Lunatic asylums Madras 1877-1891 - 1877-1891
Year: 1877
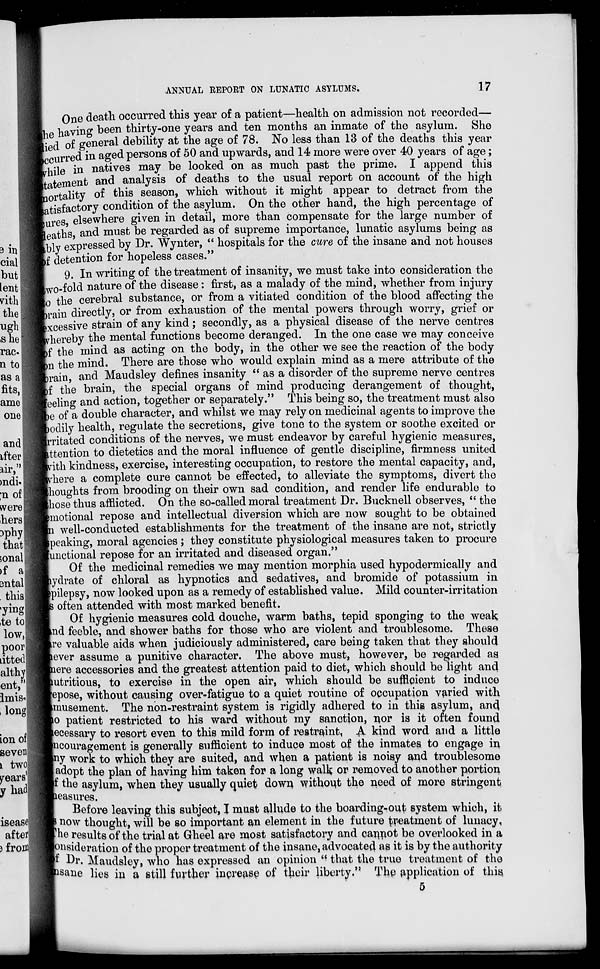
ANNUAL REPORT ON LUNATIC ASYLUMS.
17
One death occurred this year of a patient—health on admission not recorded—
the having been thirty-one years and ten months an inmate of the asylum. She
died of general debility at the age of 78. No less than 13 of the deaths this year
curred in aged persons of 50 and upwards, and 14 more were over 40 years of age;
while in natives may be looked on as much past the prime. I append this
statement and analysis of deaths to the usual report on account of the high
mortality of this season, which without it might appear to detract from the
satisfactory condition of the asylum. On the other hand, the high percentage of
cures, elsewhere given in detail, more than compensate for the large number of
eaths, and must be regarded as of supreme importance, lunatic asylums being as
ably expressed by Dr. Wynter, " hospitals for the cure of the insane and not houses
of detention for hopeless cases."
9. In writing of the treatment of insanity, we must take into consideration the
two-fold nature of the disease: first, as a malady of the mind, whether from injury
to the cerebral substance, or from a vitiated condition of the blood affecting the
brain directly, or from exhaustion of the mental powers through worry, grief or
excessive strain of any kind; secondly, as a physical disease of the nerve centres
thereby the mental functions become deranged. In the one case we may conceive
of the mind as acting on the body, in the other we see the reaction of the body
in the mind. There are those who would explain mind as a mere attribute of the
brain, and Maudsley defines insanity " as a disorder of the supreme nerve centres
of the brain, the special organs of mind producing derangement of thought,
feeling and action, together or separately." This being so, the treatment must also
be of a double character, and whilst we may rely on medicinal agents to improve the
bodily health, regulate the secretions, give tone to the system or soothe excited or
irritated conditions of the nerves, we must endeavor by careful hygienic measures,
attention to dietetics and the moral influence of gentle discipline, firmness united
with kindness, exercise, interesting occupation, to restore the mental capacity, and,
where a complete cure cannot be effected, to alleviate the symptoms, divert the
thoughts from brooding on their own sad condition, and render life endurable to
whose thus afflicted. On the so-called moral treatment Dr. Bucknell observes, " the
emotional repose and intellectual diversion which are now sought to be obtained
well-conducted establishments for the treatment of the insane are not, strictly
speaking, moral agencies ; they constitute physiological measures taken to procure
functional repose for an irritated and diseased organ."
Of the medicinal remedies we may mention morphia used hypodermically and
hydrate of chloral as hypnotics and sedatives, and bromide of potassium in
epilepsy, now looked upon as a remedy of established value. Mild counter-irritation
is often attended with most marked benefit.
Of hygienic measures cold douche, warm baths, tepid sponging to the weak
and feeble, and shower baths for those who are violent and troublesome. These
are valuable aids when judiciously administered, care being taken that they should
never assume a punitive character. The above must, however, be regarded as
there accessories and the greatest attention paid to diet, which should be light and
nutritious, to exercise in the open air, which should be sufficient to induce
epose, without causing over-fatigue to a quiet routine of occupation varied with
amusement. The non-restraint system is rigidly adhered to in this asylum, and
no patient restricted to his ward without my sanction, nor is it often found
necessary to resort even to this mild form of restraint, A kind word and a little
encouragement is generally sufficient to induce most of the inmates to engage in
any work to which they are suited, and when a patient is noisy and troublesome
adopt the plan of having him taken for a long walk or removed to another portion
of the asylum, when they usually quiet down without the need of more stringent
measures.
Before leaving this subject, I must allude to the boarding-out system which, it
now thought, will be so important an element in the future treatment of lunacy.
The results of the trial at Gheel are most satisfactory and cannot be overlooked in a
consideration of the proper treatment of the insane, advocated as it is by the authority
of Dr. Maudsley, who has expressed an opinion " that the true treatment of the
insane lies in a still further increase of their liberty." The application of this
5